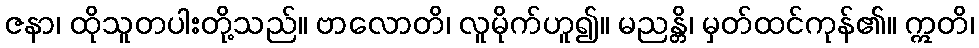
ဇနာ၊ ထိုသူတပါးတို့သည်။ ဗာလောတိ၊ လူမိုက်ဟူ၍။ မညန္တိ၊ မှတ်ထင်ကုန်၏။ ဣတိ၊